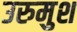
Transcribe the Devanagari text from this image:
उरुमुश